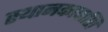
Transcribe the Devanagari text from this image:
स्थानकापाशि